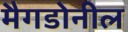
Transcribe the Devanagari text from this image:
मैगडोनील